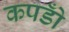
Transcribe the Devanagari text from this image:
कपडोँ